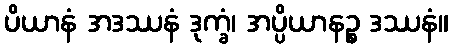
ပိယာနံ အဒဿနံ ဒုက္ခံ၊ အပ္ပိယာနဉ္စ ဒဿနံ။